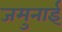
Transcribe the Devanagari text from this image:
जमुनाई